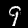
Digit: 9